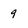
Character: 9